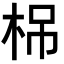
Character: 𣑐